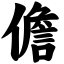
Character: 儋